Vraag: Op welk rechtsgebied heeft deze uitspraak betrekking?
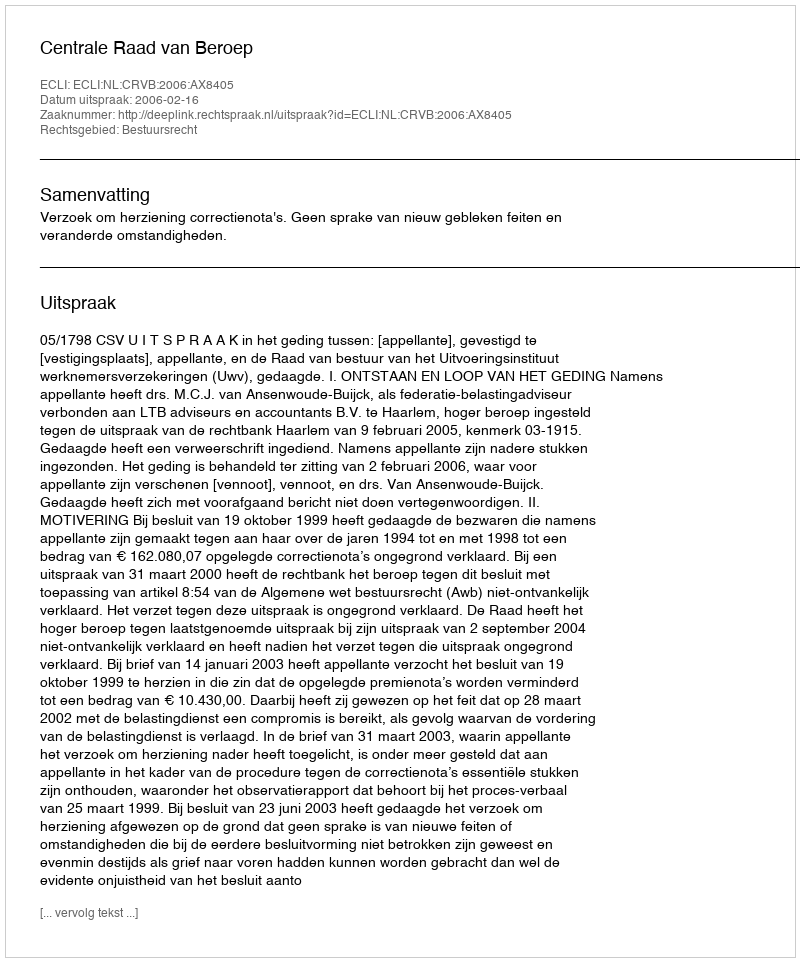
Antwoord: Bestuursrecht